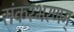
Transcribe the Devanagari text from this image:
संकरभरणम्